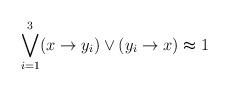
LaTeX: \begin{align*} \bigvee_{i= 1}^{3} (x \to y_{i}) \lor (y_{i} \to x) \thickapprox 1\end{align*}